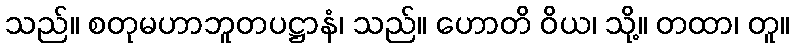
သည်။ စတုမဟာဘူတပဋ္ဌာနံ၊ သည်။ ဟောတိ ဝိယ၊ သို့။ တထာ၊ တူ။